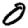
Digit: 0